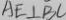
A E \bot B C